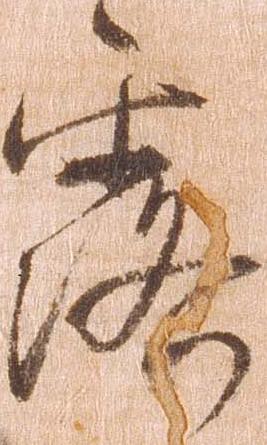
露